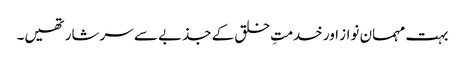
بہت مہمان نواز اور خدمتِ خلق کے جذبے سے سرشار تھیں۔